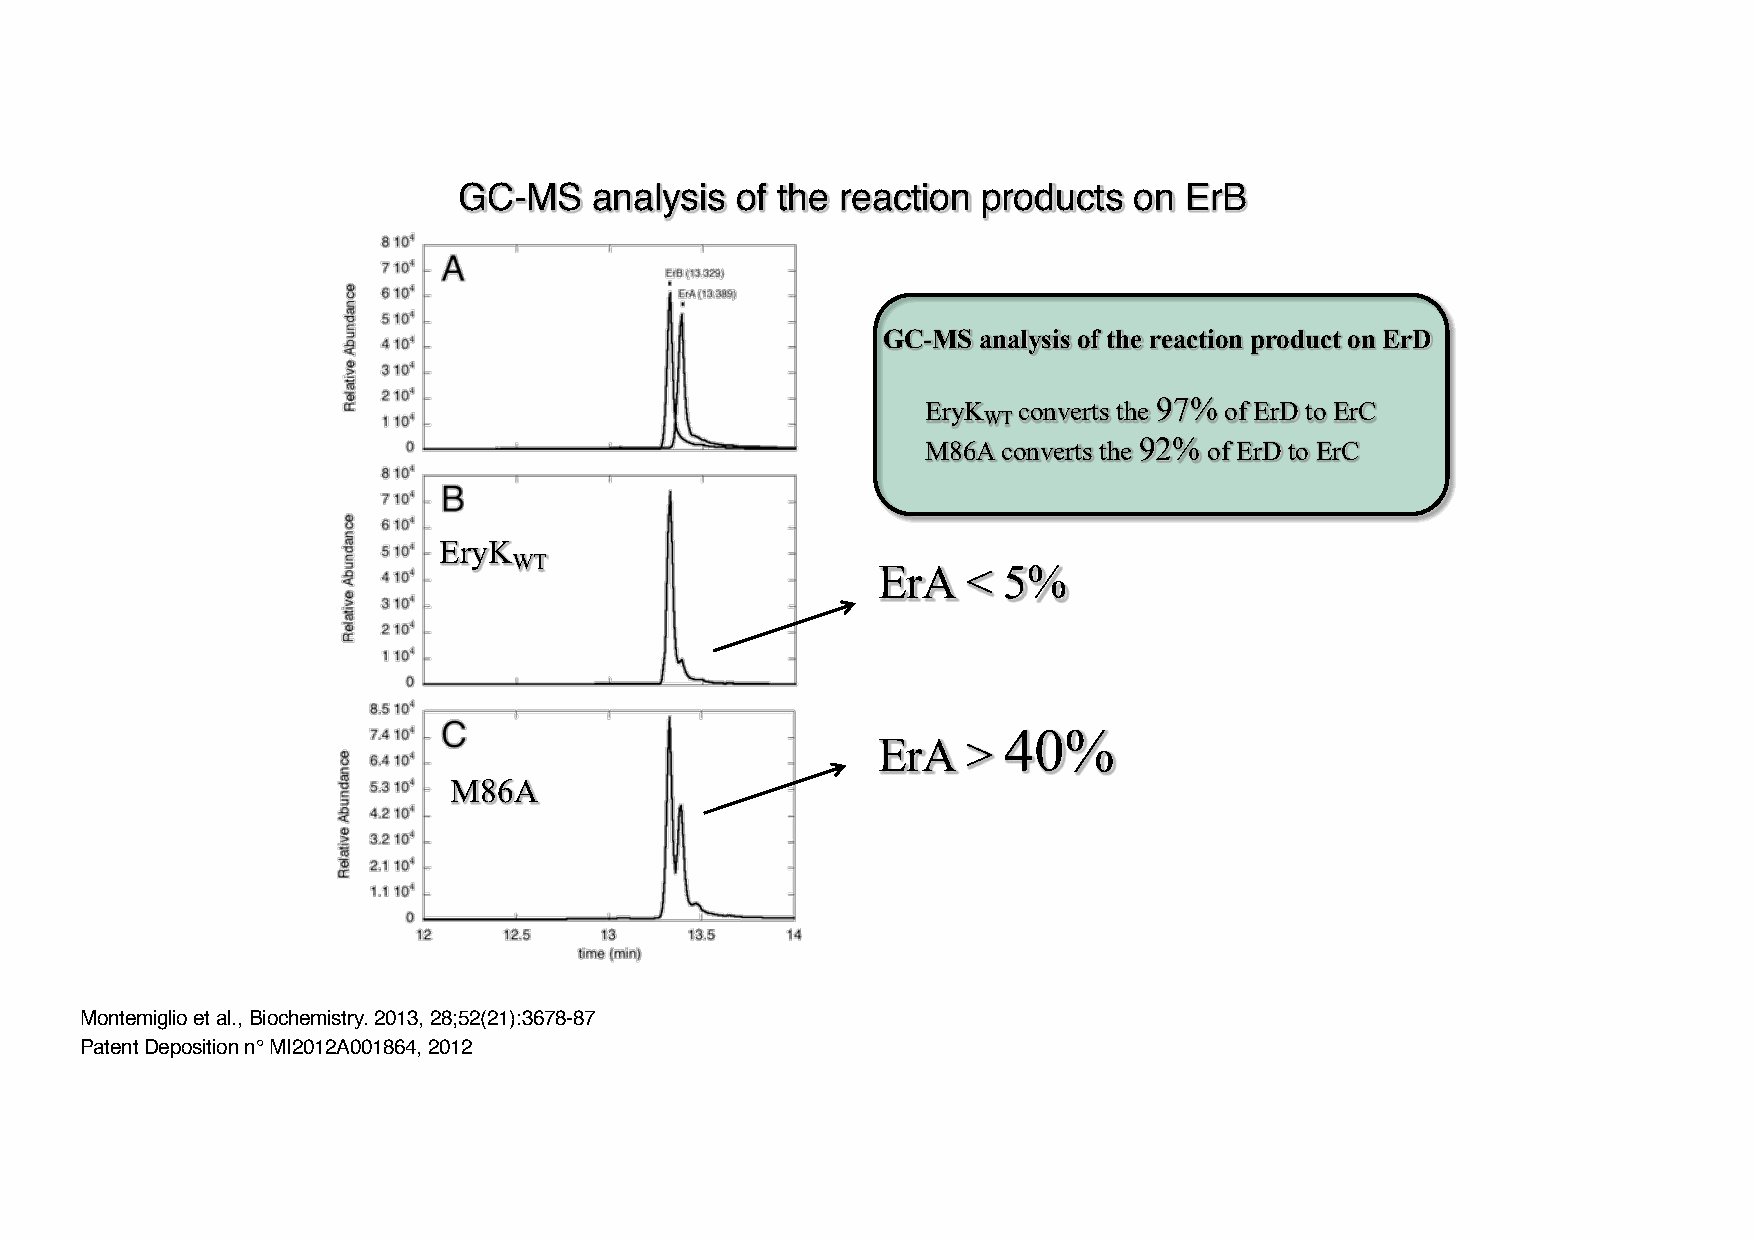
GC-MS    analysis  of the reaction products  on ErB
 GC-MS  analysis of the reaction product on ErD
 EryK  converts the 97% of ErD to ErC
 WT
 M86A converts the 92% of ErD to ErC
 EryK
 WT
 ErA   < 5%
 40%
 ErA   >
 M86A
 Montemiglio et al., Biochemistry. 2013, 28;52(21):3678-87
 PatentDepositionn°MI2012A001864, 2012